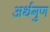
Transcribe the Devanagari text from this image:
अर्थगुण